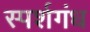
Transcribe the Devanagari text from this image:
स्पर्शगंध